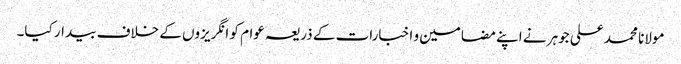
مولانا محمد علی جوہر نے اپنے مضامین و اخبارات کے ذریعہ عوام کو انگریزوں کے خلاف بیدار کیا۔